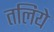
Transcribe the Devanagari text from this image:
तलिये